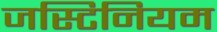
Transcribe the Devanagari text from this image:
जस्टिनियम